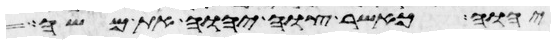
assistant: יהוה כאשר צוה יהוה את משה